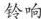
铃响